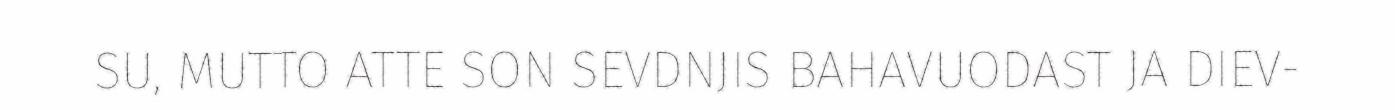
SU, MUTTO ATTE SON SEVDNJIS BAHAVUODAST JA DIEV-